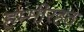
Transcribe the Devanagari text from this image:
हम्मीरहठ